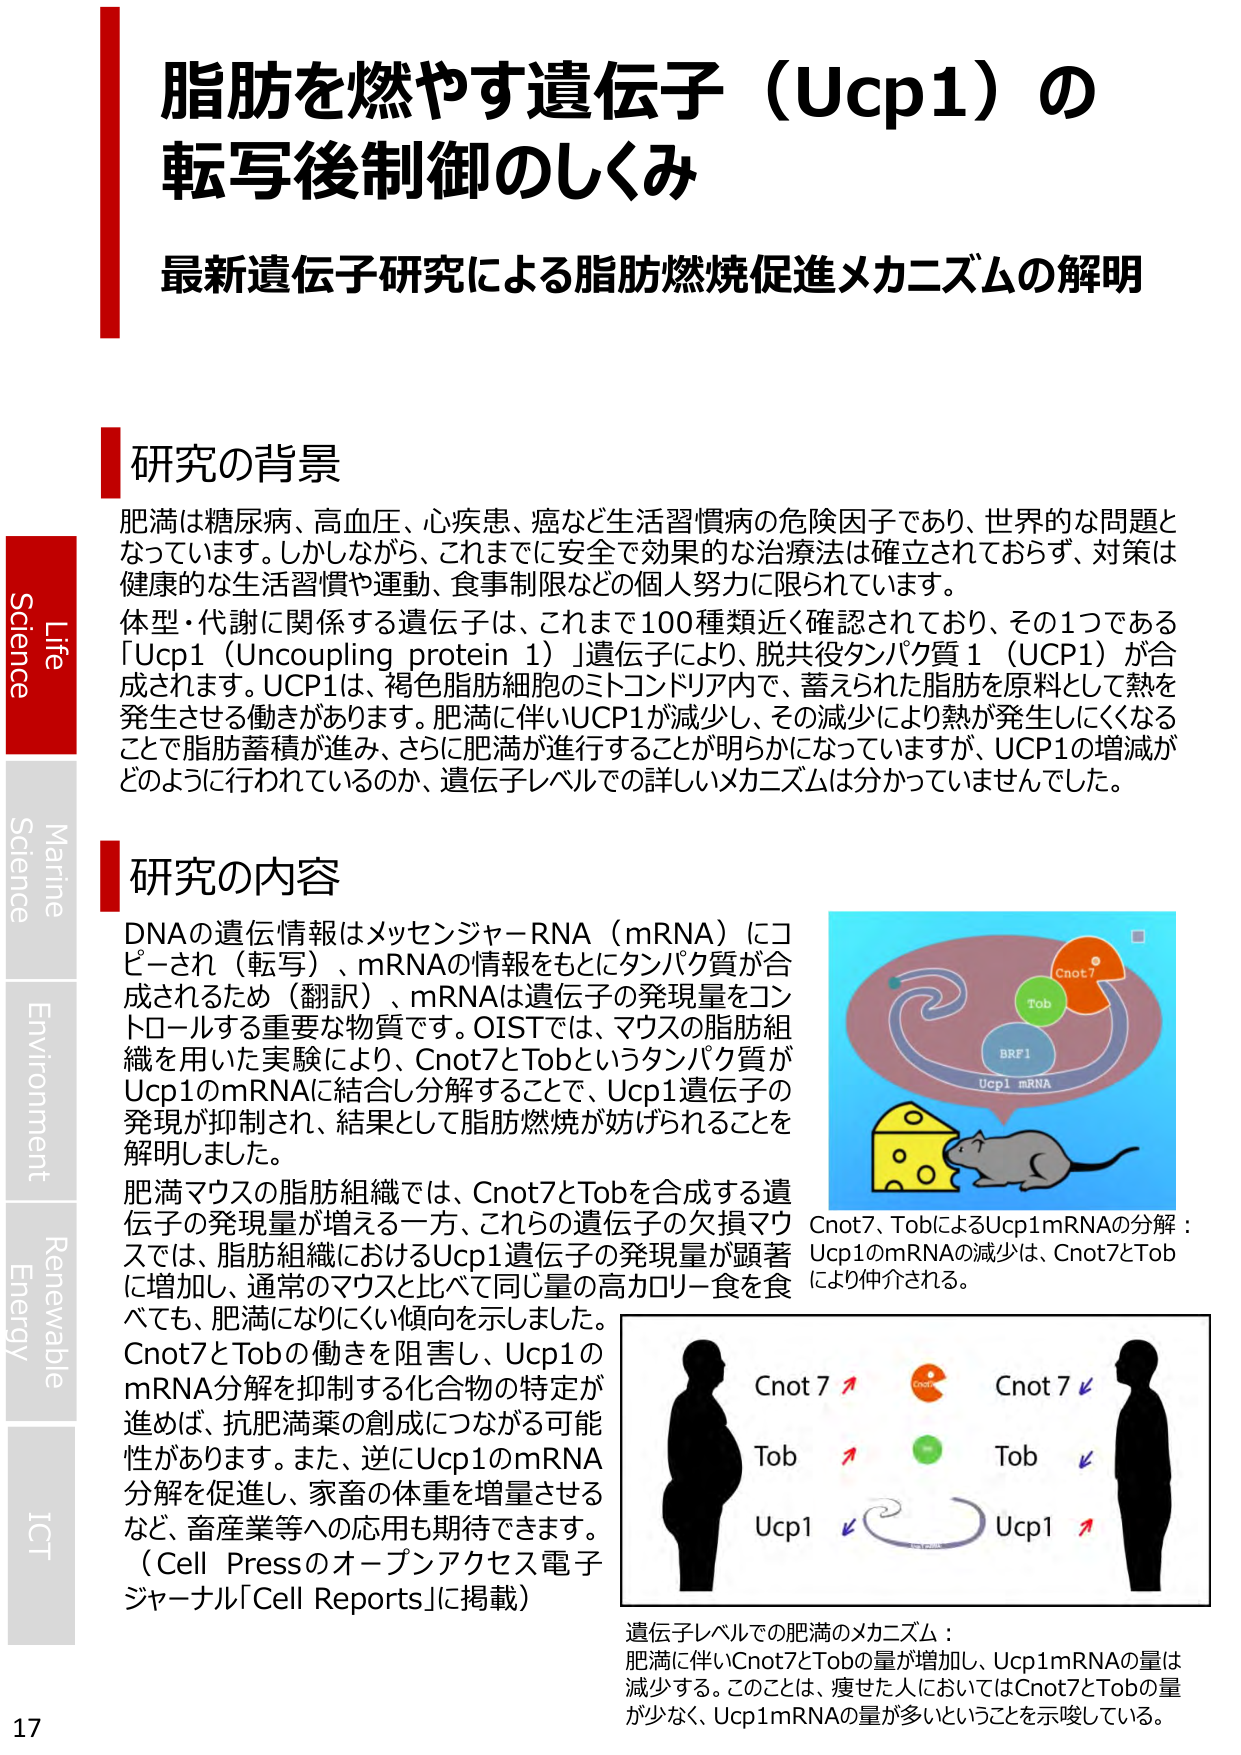
脂肪を燃やす遺伝子（Ucp1）の
転写後制御のしくみ

最新遺伝子研究による脂肪燃焼促進メカニズムの解明

研究の背景
肥満は糖尿病、高血圧、心疾患、癌など生活習慣病の危険因子であり、世界的な問題となっています。しかしながら、これまでに安全で効果的な治療法は確立されておらず、対策は健康的な生活習慣や運動、食事制限などの個人努力に限られています。
体型・代謝に関係する遺伝子は、これまで100種類近く確認されており、その1つである「Ucp1（Uncoupling protein 1）」遺伝子により、脱共役タンパク質1（UCP1）が合成されます。UCP1は、褐色脂肪細胞のミトコンドリア内で、蓄えられた脂肪を原料として熱を発生させる働きがあります。肥満に伴いUCP1が減少し、その減少により熱が発生しにくくなることで脂肪蓄積が進み、さらに肥満が進行することが明らかになっていますが、UCP1の増減がどのように行われているのか、遺伝子レベルでの詳しいメカニズムは分かっていませんでした。

研究の内容
DNAの遺伝情報はメッセンジャーRNA（mRNA）にコピーされ（転写）、mRNAの情報をもとにタンパク質が合成されるため（翻訳）、mRNAは遺伝子の発現量をコントロールする重要な物質です。OISTでは、マウスの脂肪組織を用いた実験により、Cnot7とTobというタンパク質がUcp1のmRNAに結合し分解することで、Ucp1遺伝子の発現が抑制され、結果として脂肪燃焼が妨げられることを解明しました。
肥満マウスの脂肪組織では、Cnot7とTobを合成する遺伝子の発現量が増える一方、これらの遺伝子の欠損マウスでは、脂肪組織におけるUcp1遺伝子の発現量が顕著に増加し、通常のマウスと比べて同じ量の高カロリー食を食べても、肥満になりにくい傾向を示しました。
Cnot7とTobの働きを阻害し、Ucp1のmRNA分解を抑制する化合物の特定が進めば、抗肥満薬の創成につながる可能性があります。また、逆にUcp1のmRNA分解を促進し、家畜の体重を増量させるなど、畜産業等への応用も期待できます。
（Cell Pressのオープンアクセス電子ジャーナル「Cell Reports」に掲載）

Cnot7、TobによるUcp1mRNAの分解：
Ucp1のmRNAの減少は、Cnot7とTobにより仲介される。

遺伝子レベルでの肥満のメカニズム：
肥満に伴いCnot7とTobの量が増加し、Ucp1mRNAの量は減少する。このことは、痩せた人においてはCnot7とTobの量が少なく、Ucp1mRNAの量が多いということを示唆している。

Life
Science
Marine
Science
Environment
Renewable
Energy
ICT

17